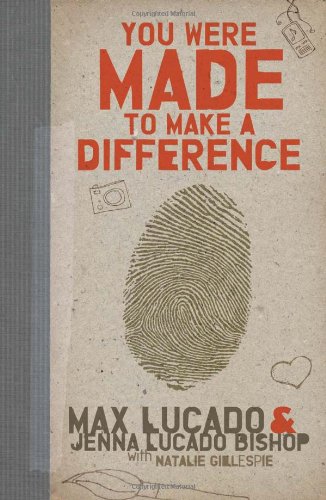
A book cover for You Were Made to Make a Difference; Max Lucado; Christian Books & Bibles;